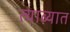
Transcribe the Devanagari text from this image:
त्याब्यात